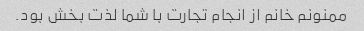
ممنونم خانم از انجام تجارت با شما لذت بخش بود.